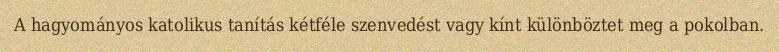
A hagyományos katolikus tanítás kétféle szenvedést vagy kínt különböztet meg a pokolban.